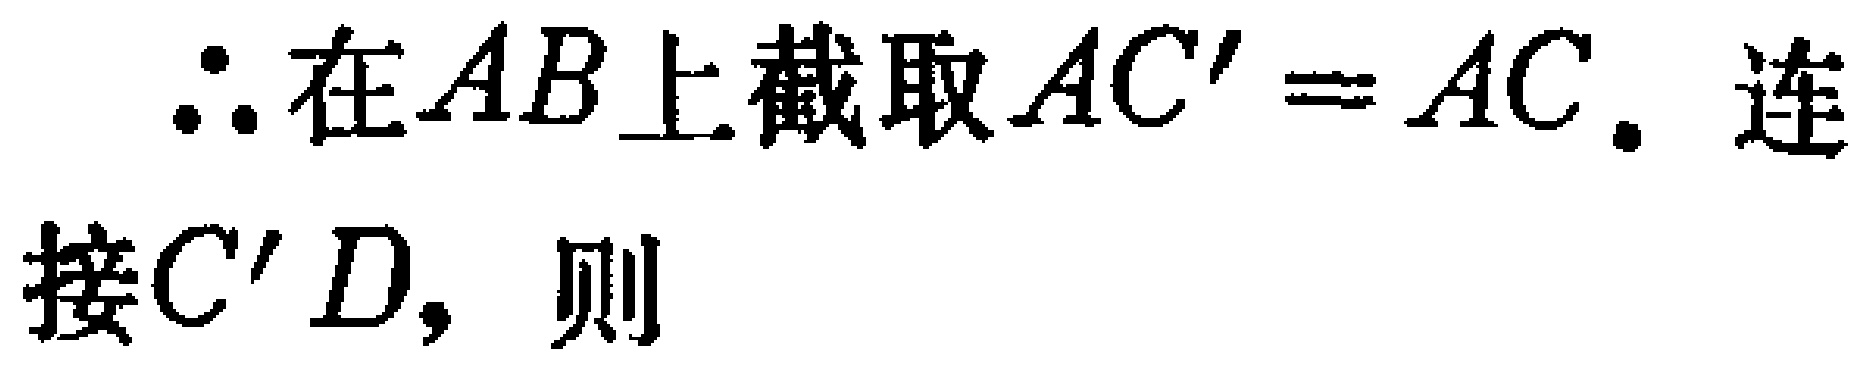
\(\therefore\)在\(AB\)上截取\(AC' = AC\). 连接\(C'D\)，则